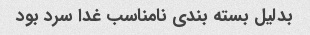
بدلیل بسته بندی نامناسب غدا سرد بود